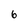
Character: 6